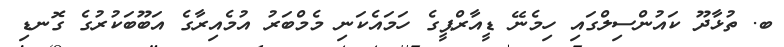
ބ. ތުޅާދޫ ކައުންސިލްގައި ހިމެނޭ ޑީއާރްޕީގެ ހަމައެކަނި މެމްބަރު އުމެއިރާގެ އަބޫބަކުރުގެ ގޮނޑި